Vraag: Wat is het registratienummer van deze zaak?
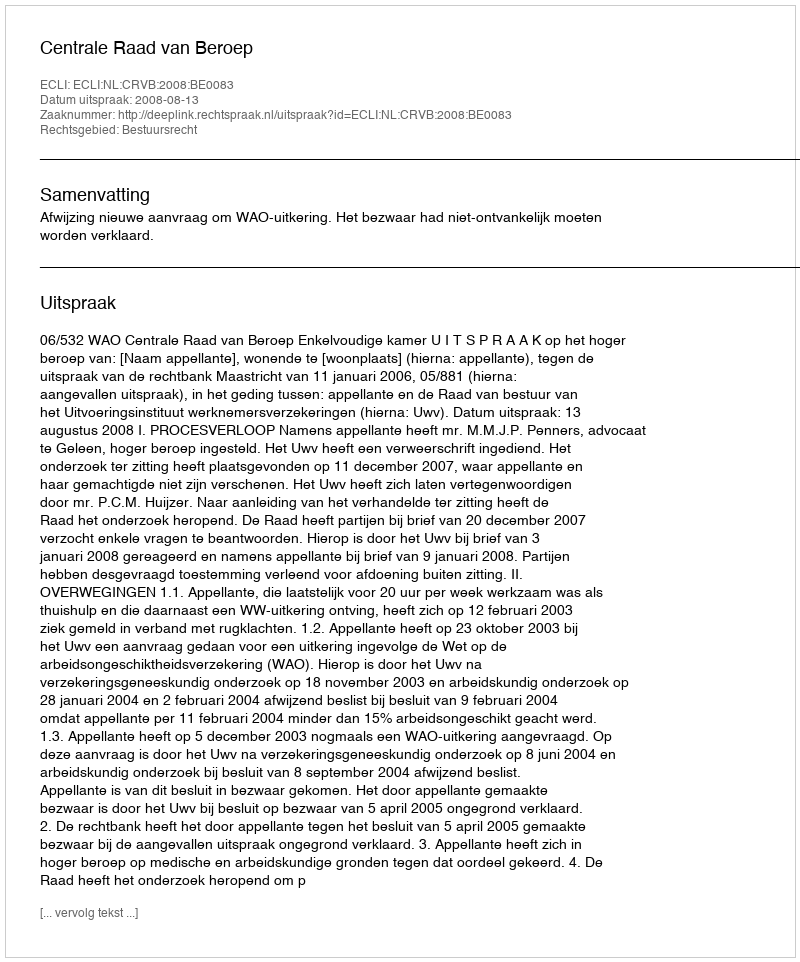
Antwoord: http://deeplink.rechtspraak.nl/uitspraak?id=ECLI:NL:CRVB:2008:BE0083